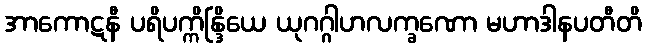
အာကောဋနီ ပရိပက္ကိန္ဒြိယေ ယုဂဂ္ဂါဟလက္ခဏော မဟာဒါနပတီတိ